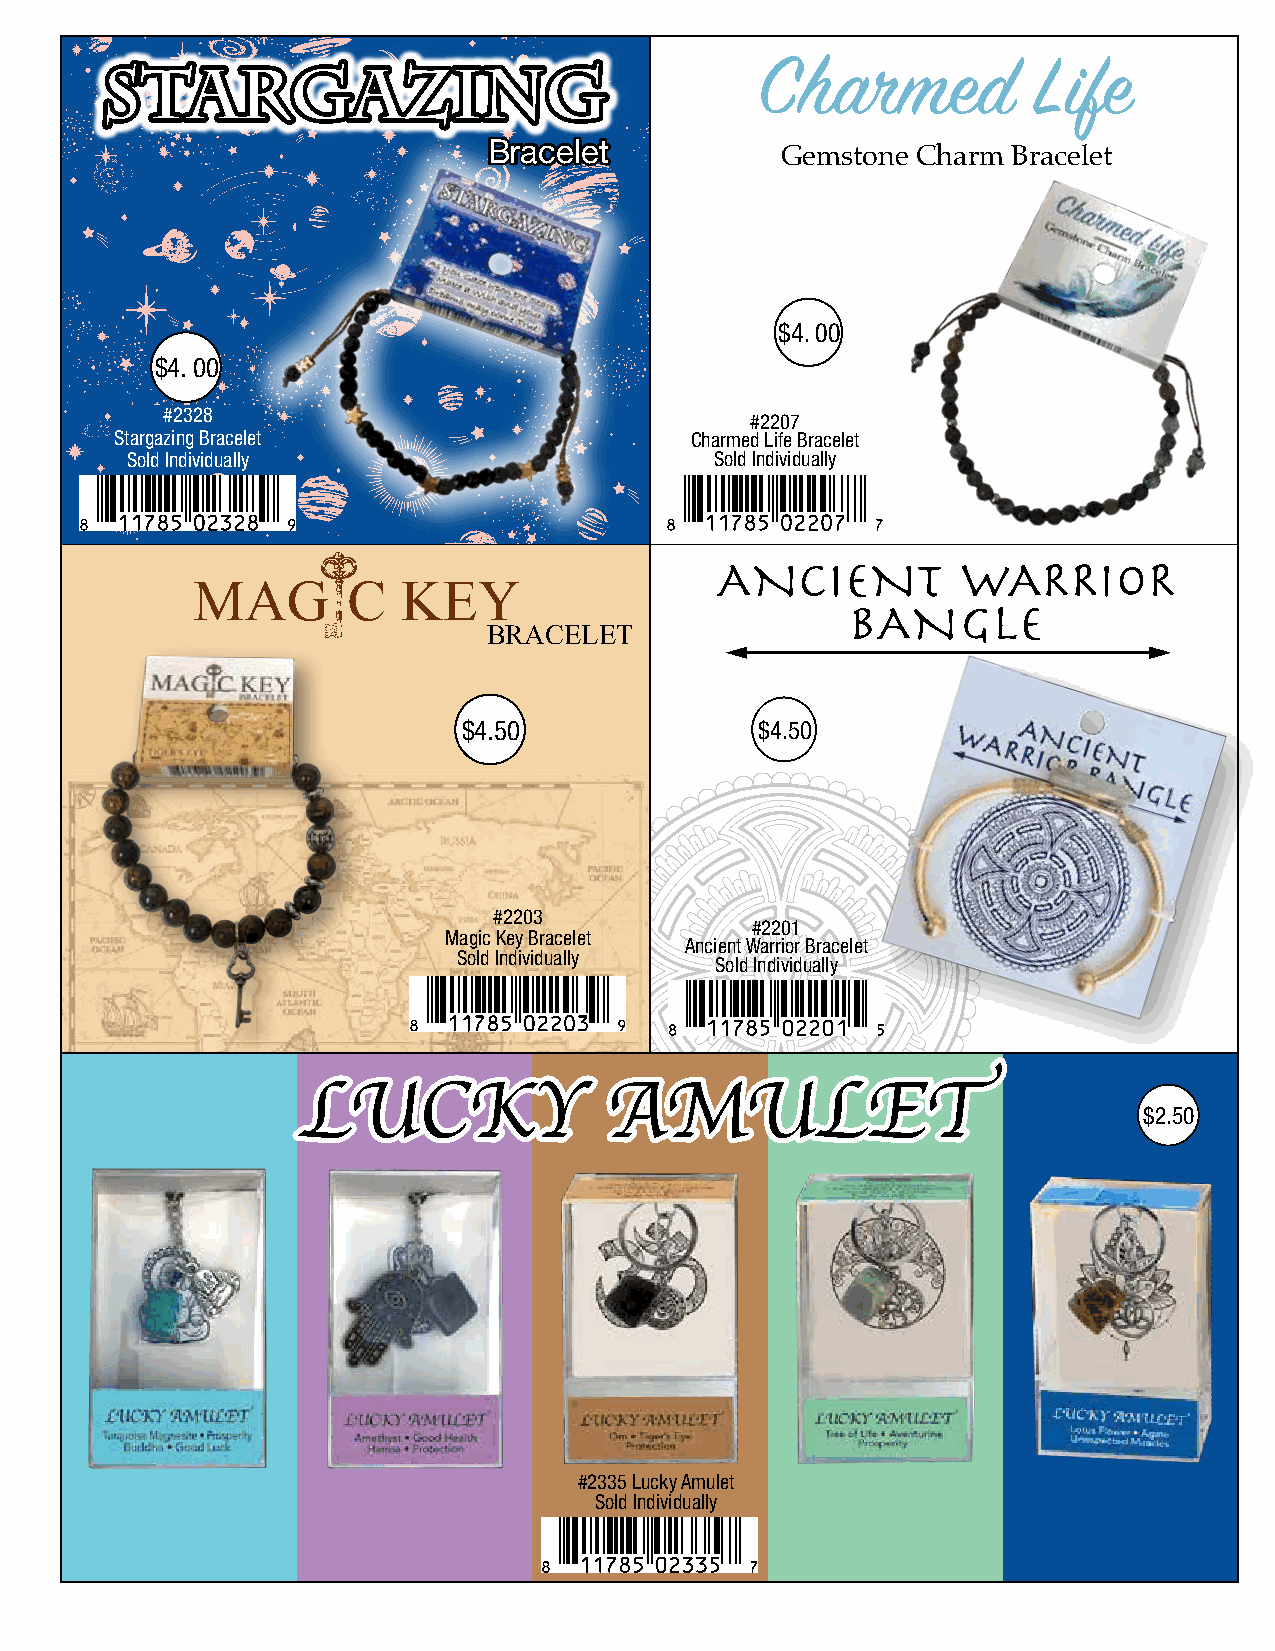
SSttaarrggaazziinngg                       CChhararmmeedd    LLiiffee
 BBrraacceelleett    GGeemmssttoonnee CChhaarrmm BBrraacceelleett
 $4. 00
 $4. 00
 #2328
 #2207
 Stargazing Bracelet                   Charmed Life Bracelet
 Sold Individually                      Sold Individually
 ANCIENT          WARRIOR
 MAG       C   KEY
 BANGLE
 BRACELET
 $4.50              $4.50
 #2203
 #2201
 Magic Key Bracelet
 Ancient Warrior Bracelet
 Sold Individually
 Sold Individually
 LLUUCCKKYY          AAMMUULLEETT
 $2.50
 #2335 Lucky Amulet
 Sold Individually